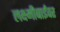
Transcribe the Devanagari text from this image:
लक्ष्मीबाईंवर